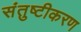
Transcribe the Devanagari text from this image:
संतुष्टीकरण